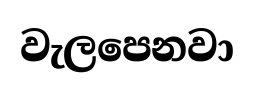
වැලපෙනවා